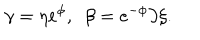
\gamma = \eta e ^ { \phi } , ~ ~ \beta = e ^ { - \phi } \partial \xi .